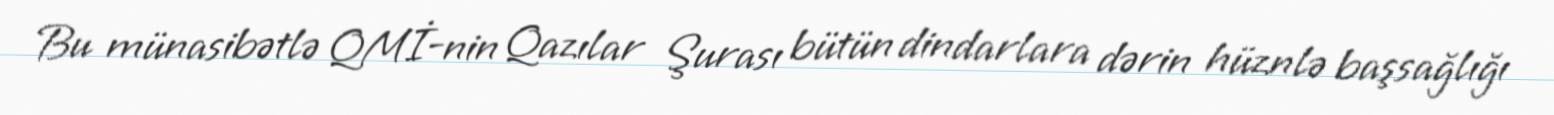
Bu münasibətlə QMİ-nin Qazılar Şurası bütün dindarlara dərin hüznlə başsağlığı